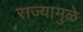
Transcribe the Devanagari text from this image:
राज्यामुळे